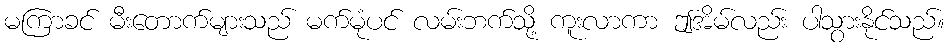
မကြာခင် မီးတောက်များသည် မက်မုံပင် လမ်းဘက်သို့ ကူးလာကာ ဤအိမ်လည်း ပါသွားနိုင်သည်။